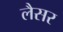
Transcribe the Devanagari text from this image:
लैसर